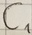
Text: C1